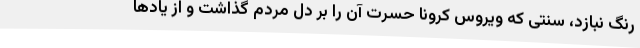
رنگ نبازد، سنتی که ویروس کرونا حسرت آن را بر دل مردم گذاشت و از یادها